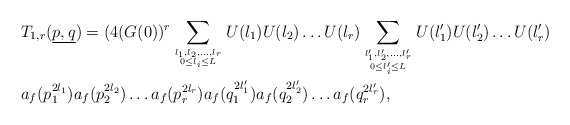
\begin{align*}&T_{1,r}(\underline{p,q}) = (4(G(0))^r\sum_{l_1,l_2,\dots, l_r \atop {0 \leq l_i \leq L}}U(l_1)U(l_2)\dots U(l_r) \sum_{l_1',l_2',\dots, l_r' \atop {0 \leq l_i' \leq L}}U(l_1')U(l_2')\dots U(l_r') \\&a_f(p_1^{2l_1})a_f(p_2^{2l_2})\dots a_f(p_r^{2l_r})a_f(q_1^{2l_1'})a_f(q_2^{2l_2'})\dots a_f(q_r^{2l_r'}),\\\end{align*}